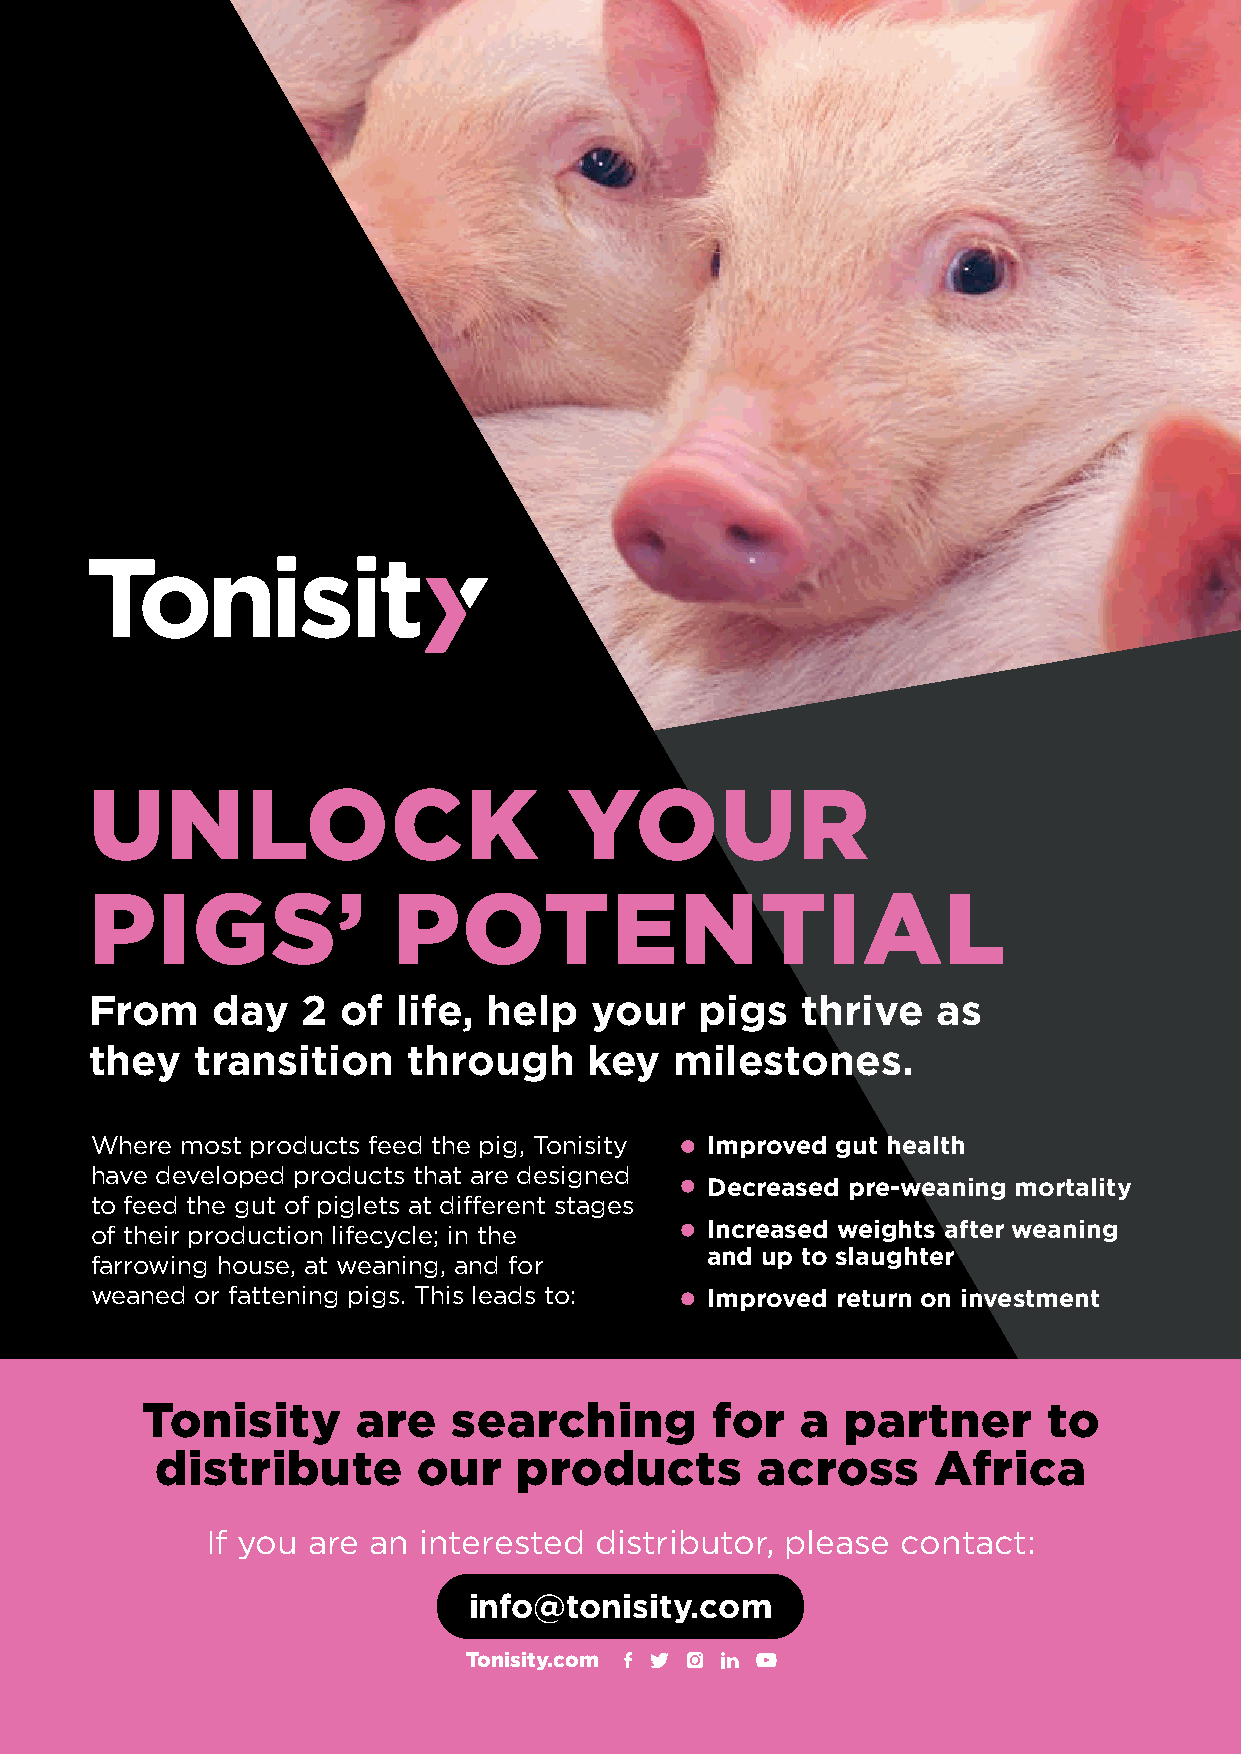
UNLOCK                          YOUR
 PIGS’               POTENTIAL
 From    day   2  of life, help   your   pigs   thrive   as
 they   transition    through     key   milestones.
 Where most products feed the pig, Tonisity Improved gut health
 have developed products that are designed
 Decreased pre-weaning mortality
 to feed the gut of piglets at different stages
 Increased weights after weaning
 of their production lifecycle; in the
 and up to slaughter
 farrowing house, at weaning, and for
 weaned or fattening pigs. This leads to: Improved return on investment
 Tonisity       are   searching        for   a  partner      to
 distribute        our   products        across      Africa
 If you are an interested distributor, please  contact:
 info@tonisity.com
 Tonisity.com
 26  W e s t A f r i c a n A g r ib u s in e s s | O c t o b e r - D e c e m b e r 2 0 2 1 w w w .w e s t a f r ic a n a g r i. c o m